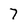
Character: 7